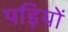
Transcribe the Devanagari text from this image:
पड़ियों